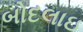
બોદલાઇ